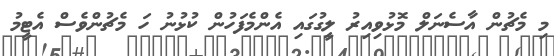
މި މެޗުން އާސެނަލް މޮޅުވިއިރު ލީގުގައި އެންމެފަހުން ކުޅުނު ހަ މެޗުންވެސް އެޓީމު